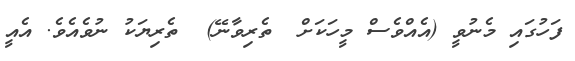
ފަހުގައި މެނުވީ (އެއްވެސް މީހަކަށް  ތެރިވާނޭ)  ތެރިޔަކު ނުވެއެވެ. އެއީ